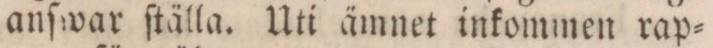
anſwar ſtälla. Uti ämnet inkommen rap=